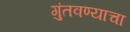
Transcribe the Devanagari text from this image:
गुंतवण्याचा